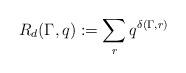
LaTeX: \begin{align*}R_d(\Gamma,q):=\sum_rq^{\delta(\Gamma,r)}\end{align*}